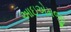
આઇએમજી